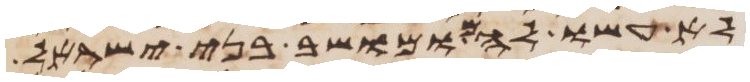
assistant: לא עשו להם ומושב בני ישראל